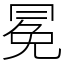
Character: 冕